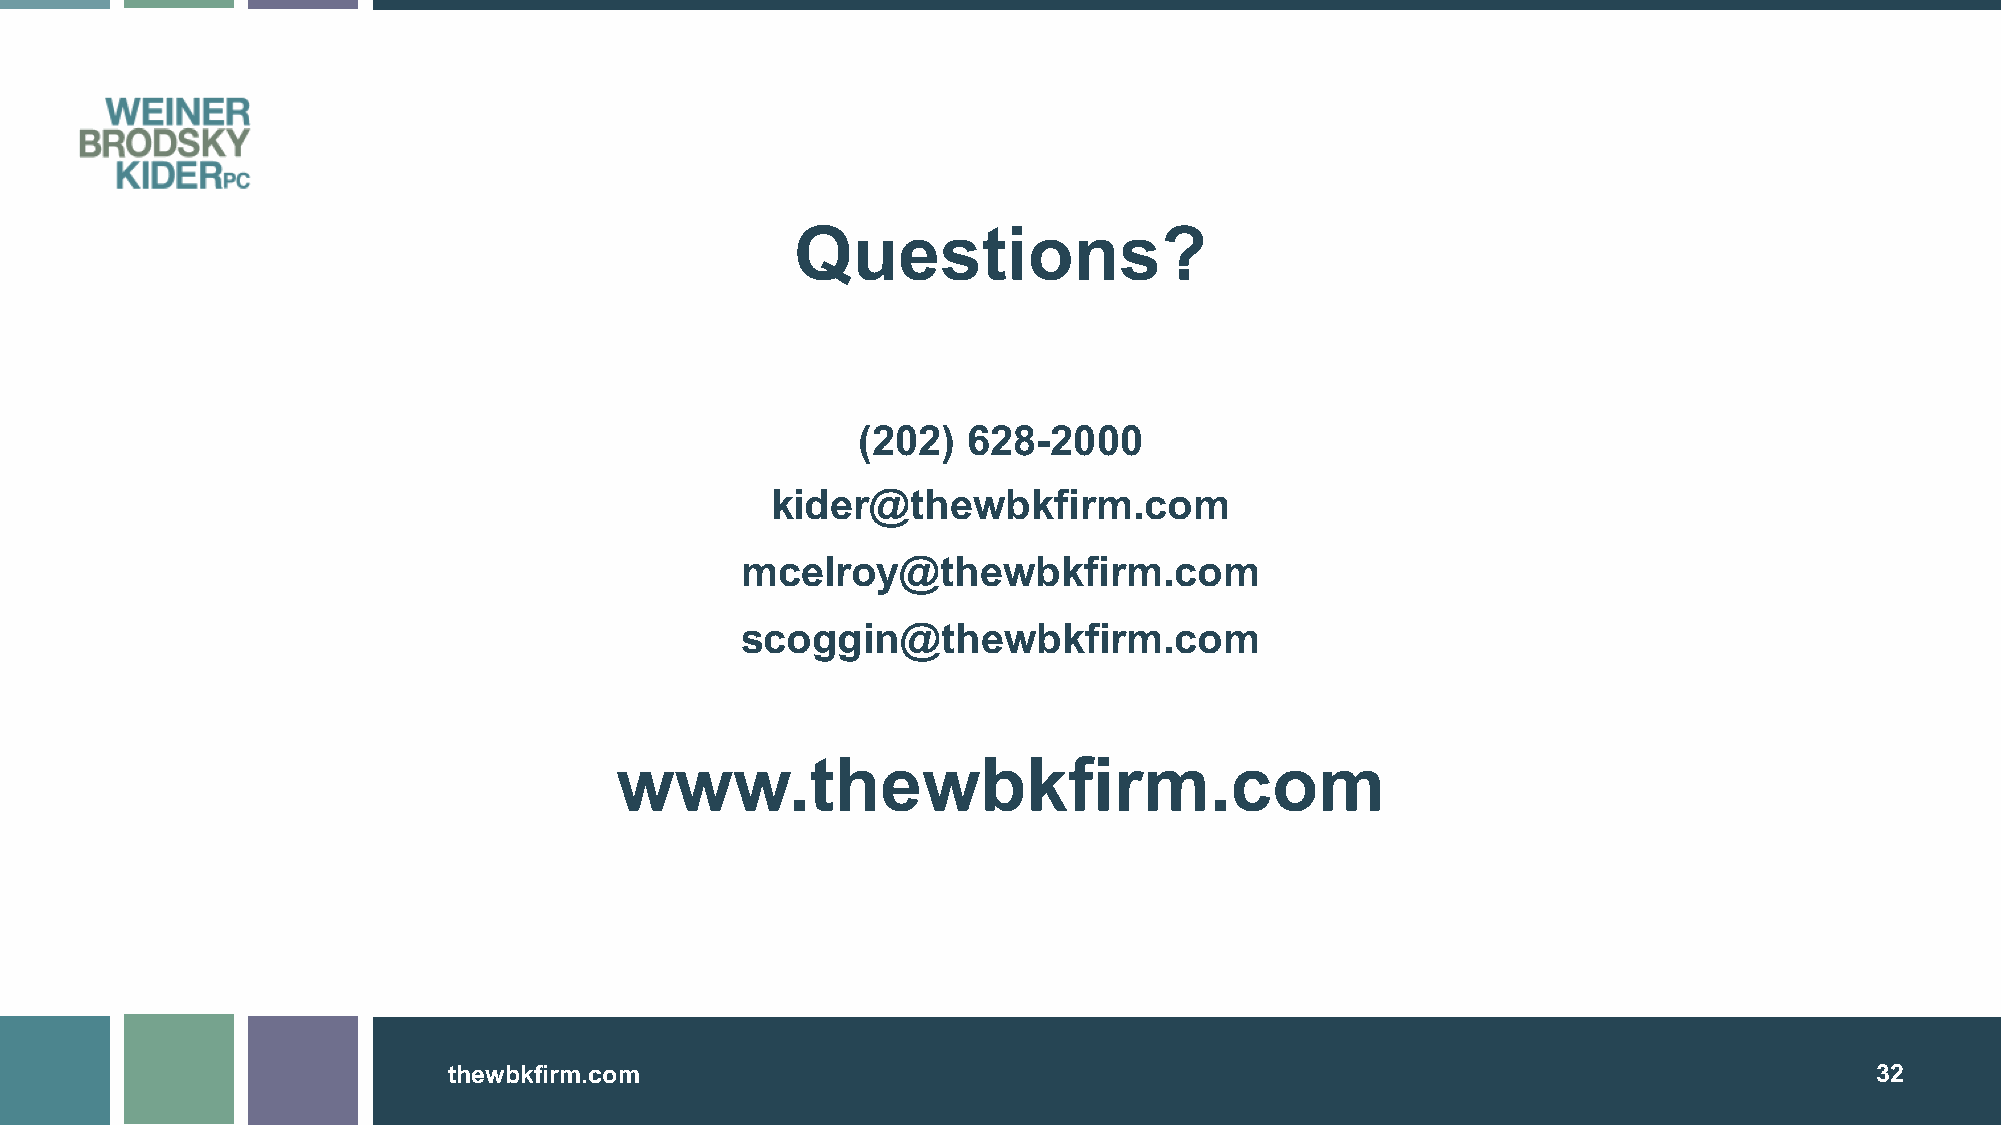
Questions?
 (202)  628-2000
 kider@thewbkfirm.com
 mcelroy@thewbkfirm.com
 scoggin@thewbkfirm.com
 www.thewbkfirm.com
 thewbkfirm.com                                                                                32